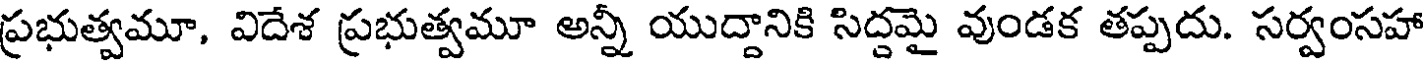
ప్రభుత్వమూ, విదేశ ప్రభుత్వమూ అన్నీ యుద్దానికి సిద్దమై వుండక తప్పదు. సర్వంసహా